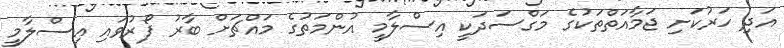
އަދި ހަރުކަށި ޖަމާއަތްތަކުގެ މަގްސަދަކީ އިސްލާމީ އުންމަތުގެ މައްޗަށް ބާރު ފޯރުވައި އިސްލާމީ